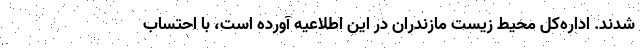
شدند. اداره‌کل محیط زیست مازندران در این اطلاعیه آورده است، با احتساب